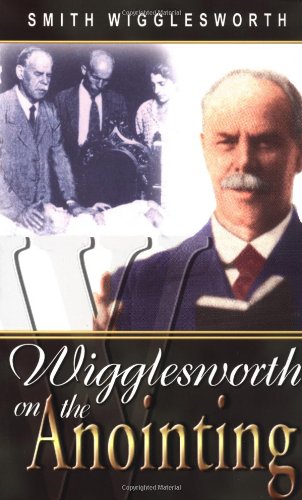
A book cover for Smith Wigglesworth On The Anointing; Smith Wigglesworth; Christian Books & Bibles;